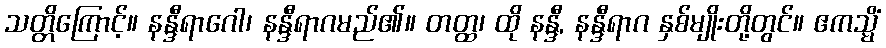
သတ္တိကြောင့်။ နန္ဒီရာဂေါ၊ နန္ဒီရာဂမည်၏။ တတ္ထ၊ ထို နန္ဒီ, နန္ဒီရာဂ နှစ်မျိုးတို့တွင်။ ဧကသ္မိံ